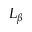
L _ { \beta }